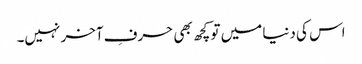
اس کی دنیا میں تو کچھ بھی حرفِ آخر نہیں۔